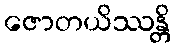
ဇောတယိဿန္တိ